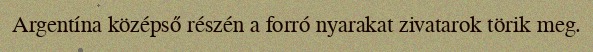
Argentína középső részén a forró nyarakat zivatarok törik meg.